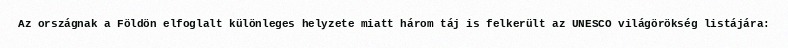
Az országnak a Földön elfoglalt különleges helyzete miatt három táj is felkerült az UNESCO világörökség listájára: